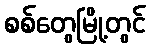
စစ်တွေမြို့တွင်